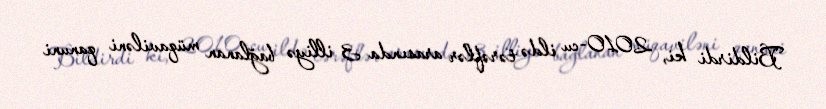
Bildirdi ki, 2010-cu ildə tərəflər arasında 3 illiyə bağlanan müqaviləni qanuni